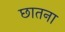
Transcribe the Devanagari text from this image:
छातना